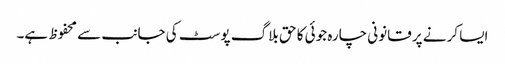
ایسا کرنے پر قانونی چارہ جوئی کا حق بلاگ پوسٹ کی جانب سے محفوظ ہے۔